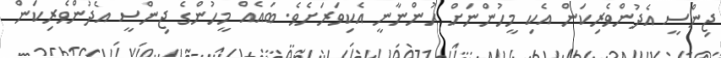
ޖިންސީ އެދުންވެރިކަން އެކި މީހުންނަށް ހުންނާނީ އެކިވަރަށެވެ. ބައެއް މީހުންގެ ޖިންސީ އެދުންވެރިކަން